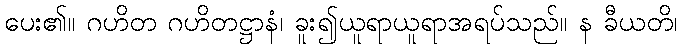
ပေး၏။ ဂဟိတ ဂဟိတဋ္ဌာနံ၊ ခူး၍ယူရာယူရာအရပ်သည်။ န ခီယတိ၊